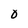
Character: 0